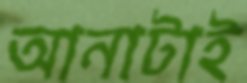
আনাটাই